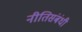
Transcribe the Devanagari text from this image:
नीतिसंबंधी